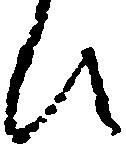
ひ